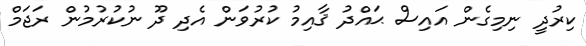
ކިރުދީ ނިމިގެން އައިސް ޙައްދު ޤާއިމު ކުރުވަން އެދި ދޫ ނުކުރުމުން ރަޖަމް